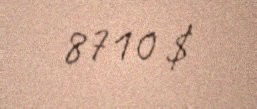
8710 $